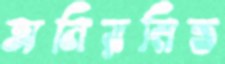
অনিয়মিত